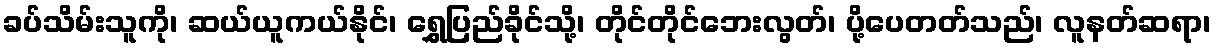
ခပ်သိမ်းသူကို၊ ဆယ်ယူကယ်နိုင်၊ ရွှေပြည်ခိုင်သို့၊ တိုင်တိုင်ဘေးလွတ်၊ ပို့ပေတတ်သည်၊ လူနတ်ဆရာ၊